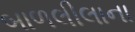
બાળલીલાના